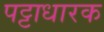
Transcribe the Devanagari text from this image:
पट्टाधारक